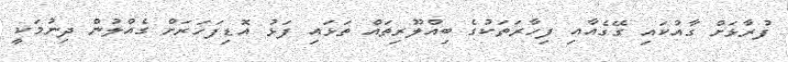
ފުރާޅަށް ގާއުކައި ގޭގެއާއި ފިހާރަތަކުގެ ބިއްލޫރިތައް ތަޅައި ފަޅު އޮޑިފަހަރަށް ގެއްލުން ދިނުމަކީ